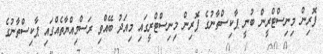
ފޮރިން މިނިސްޓްރީން ބުނީ ޕާކިސްތާނުގެ ފޮރިން މިނިސްޓްރީގައި މިއަދު ބޭއްވި ރަސްމިއްޔާތެއްގައި ޕާކިސްތާނުގެ